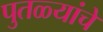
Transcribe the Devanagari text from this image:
पुतळ्यांचे